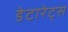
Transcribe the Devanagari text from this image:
डेटारेट्स